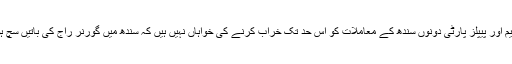
ایم کیو ایم اور پیپلز پارٹی دونوں سندھ کے معاملات کو اس حد تک خراب کرنے کی خواہاں نہیں ہیں کہ سندھ میں گورنر راج کی باتیں سچ ہو جائیں۔